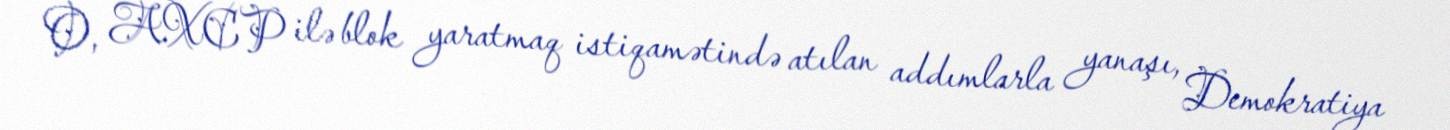
O, AXCP ilə blok yaratmaq istiqamətində atılan addımlarla yanaşı, Demokratiya